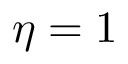
\eta = 1